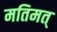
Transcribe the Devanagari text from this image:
मतिमत्‌